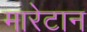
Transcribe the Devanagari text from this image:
मारेटान